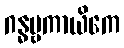
ဂန္ဓဗ္ဗကာယိကေ